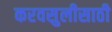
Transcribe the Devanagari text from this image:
करवसुलीसाठी